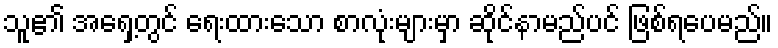
သူ၏ အရှေ့တွင် ရေးထားသော စာလုံးများမှာ ဆိုင်နာမည်ပင် ဖြစ်ရပေမည်။